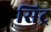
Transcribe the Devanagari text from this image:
सिट्र